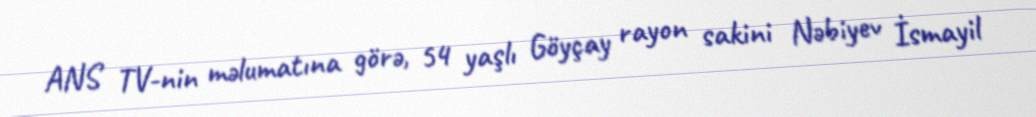
ANS TV-nin məlumatına görə, 54 yaşlı Göyçay rayon sakini Nəbiyev İsmayil